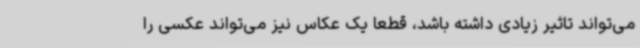
می‌تواند تاثیر زیادی داشته باشد، قطعا یک عکاس ‌نیز می‌تواند عکسی را